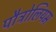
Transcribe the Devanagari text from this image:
पौट्रोलियम